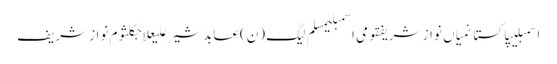
اسمبلیپاکستانمیاں نواز شریفقومی اسمبلیمسلم لیگ (ن)عابد شیر علیعلاجکلثوم نواز شریف